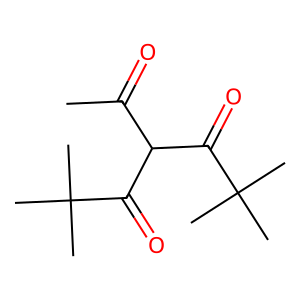
SMILES: CC(=O)C(C(=O)C(C)(C)C)C(=O)C(C)(C)C
Inhibits HIV replication: No